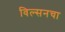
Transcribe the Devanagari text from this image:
विल्सनचा